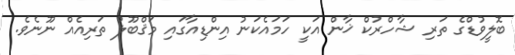
ބޮލީވުޑްގެ ތަރި ޝާހްރުކް ޚާން އަކީ ހަމައެކަނު އިންޑިއާގައި މަޤްބޫލު ތަރިއެއް ނޫނެވެ.